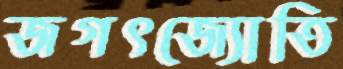
জগৎজ্যোতি